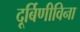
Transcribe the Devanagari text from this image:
दूर्बिणीविना